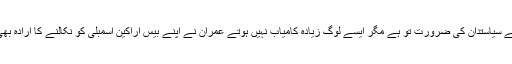
نئی نسل میں عمران خان کا کریز بھی ہے لیکن ہمارے معاشرے میں عمران خان جیسے سیاستدان کی ضرورت تو ہے مگر ایسے لوگ زیادہ کامیاب نہیں ہوتے عمران نے اپنے بیس اراکین اسمبلی کو نکالنے کا ارادہ بھی کرلیا ہے جنہوں نے پی ٹی آئی کی منشا کے خلاف سینیٹ کے الیکشن میں ووٹ دیا ۔